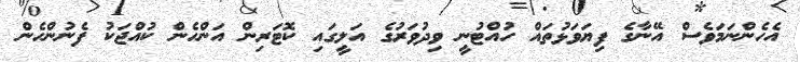
އެހެންނަމަވެސް އޭނާގެ ފިޔަވަޅުތައް ހުއްޓުނީ ވިދުވަރުގެ އަލީގައި ކޮޓަރިން އަންހެން ކުއްޖަކު ފެނުންހެން